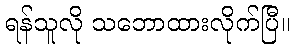
ရန်သူလို သဘောထားလိုက်ပြီ။